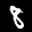
Label: 8